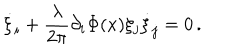
\dot { \xi } _ { i } + { \frac { \lambda } { 2 \pi } } \partial _ { i } \Phi ( x ) \xi _ { j } \dot { \xi } _ { j } = 0 \, .